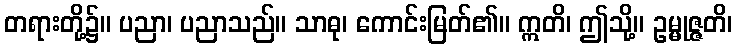
တရားတို့၌။ ပညာ၊ ပညာသည်။ သာဓု၊ ကောင်းမြတ်၏။ ဣတိ၊ ဤသို့။ ဥမ္မုဇ္ဇတိ၊